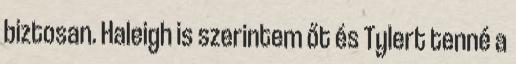
biztosan. Haleigh is szerintem őt és Tylert tenné a